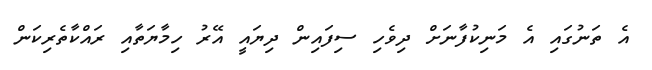
އެ ތަނުގައި އެ މަނިކުފާނަށް ދިވެހި ސިފައިން ދިޔައީ އޭރު ހިމާޔަތާއި ރައްކާތެރިކަން